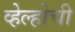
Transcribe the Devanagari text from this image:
व्हेल्होची